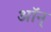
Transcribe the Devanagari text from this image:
ऑन्